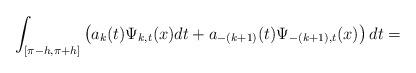
LaTeX: \begin{align*}\int\nolimits_{\lbrack\pi-h,\pi+h]}\left( a_{k}(t)\Psi_{k,t}(x)dt+a_{-(k+1)}(t)\Psi_{-(k+1),t}(x)\right) dt=\end{align*}